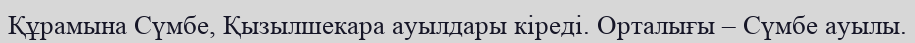
Құрамына Сүмбе, Қызылшекара ауылдары кіреді. Орталығы – Сүмбе ауылы.